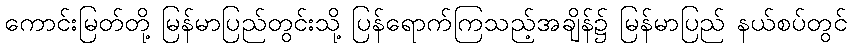
ကောင်းမြတ်တို့ မြန်မာပြည်တွင်းသို့ ပြန်ရောက်ကြသည့်အချိန်၌ မြန်မာပြည် နယ်စပ်တွင်